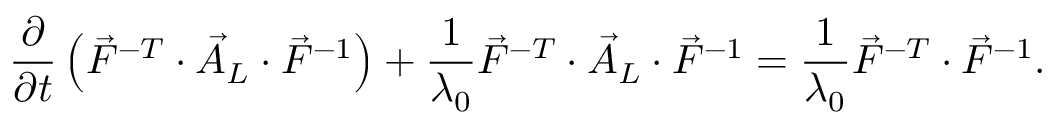
\frac { \partial } { \partial t } \left( \vec { F } ^ { - T } \cdot \vec { A } _ { L } \cdot \vec { F } ^ { - 1 } \right) + \frac { 1 } { \lambda _ { 0 } } \vec { F } ^ { - T } \cdot \vec { A } _ { L } \cdot \vec { F } ^ { - 1 } = \frac { 1 } { \lambda _ { 0 } } \vec { F } ^ { - T } \cdot \vec { F } ^ { - 1 } .